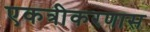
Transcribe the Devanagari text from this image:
एकत्रीकरणास